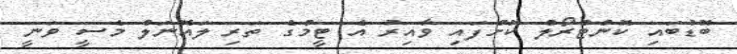
ބޮޑުބައި ކޮންޓްރޯލް ކޮށްފައި ވާއިރު އެ ޓީމްގެ ތަރި ލައޮނަލް މެސީ ވަނީ